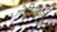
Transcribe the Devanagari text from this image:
वेहिकिल